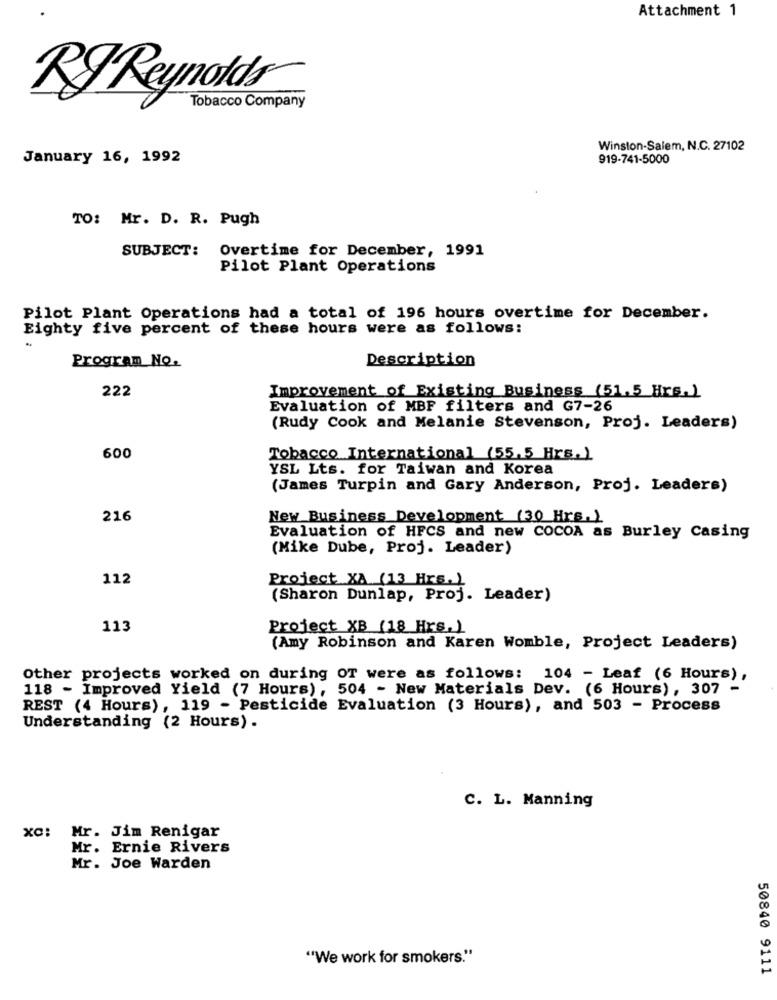
Attachment 1
RJ Reynolds
Tobacco Company
Winston-Salem, N.C. 27102
January 16, 1992
919-741-5000
TO: Mr. D. R. Pugh
SUBJECT: Overtime for December, 1991
Pilot Plant Operations
Pilot Plant Operations had a total of 196 hours overtime for December.
Eighty five percent of these hours were as follows:
Program No.
Description
222
Improvement of Existing Business (51.5 Hrs.)
Evaluation of MBF filters and G7-26
(Rudy Cook and Melanie Stevenson, Proj. Leaders)
600
Tobacco International (55.5 Hrs.)
YSL Lts. for Taiwan and Korea
(James Turpin and Gary Anderson, Proj. Leaders)
216
New Business Development (30 Hrs.)
Evaluation of HFCS and new COCOA as Burley Casing
(Mike Dube, Proj. Leader)
112
Project XA (13 Hrs. )
(Sharon Dunlap, Proj. Leader)
113
Project XB (18 Hrs.)
(Amy Robinson and Karen Womble, Project Leaders)
Other projects worked on during OT were as follows: 104 - Leaf (6 Hours),
118 - Improved Yield (7 Hours), 504 - New Materials Dev. (6 Hours), 307 -
REST (4 Hours), 119 - Pesticide Evaluation (3 Hours), and 503 - Process
Understanding (2 Hours) .
C. L. Manning
xc: Mr. Jim Renigar
Mr. Ernie Rivers
Mr. Joe Warden
"We work for smokers."
50840 9111